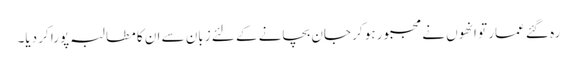
رہ گئے عمار تو انھوں نے مجبور ہو کر جان بچانے کے لئے زبان سے ان کا مطالبہ پورا کر دیا۔